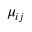
\mu _ { i j }